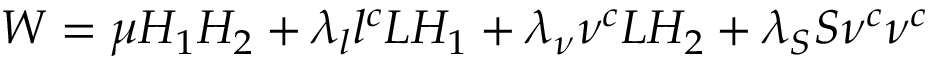
W = { \mu } H _ { 1 } H _ { 2 } + { \lambda _ { l } } { l ^ { c } } L H _ { 1 } + { \lambda _ { \nu } } { \nu ^ { c } } L H _ { 2 } + { \lambda _ { S } } S \nu ^ { c } \nu ^ { c }